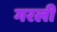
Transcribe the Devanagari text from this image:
गरली